Punjab Mental Hospital Lahore 1922-31 - 1922-1931
Year: 1922
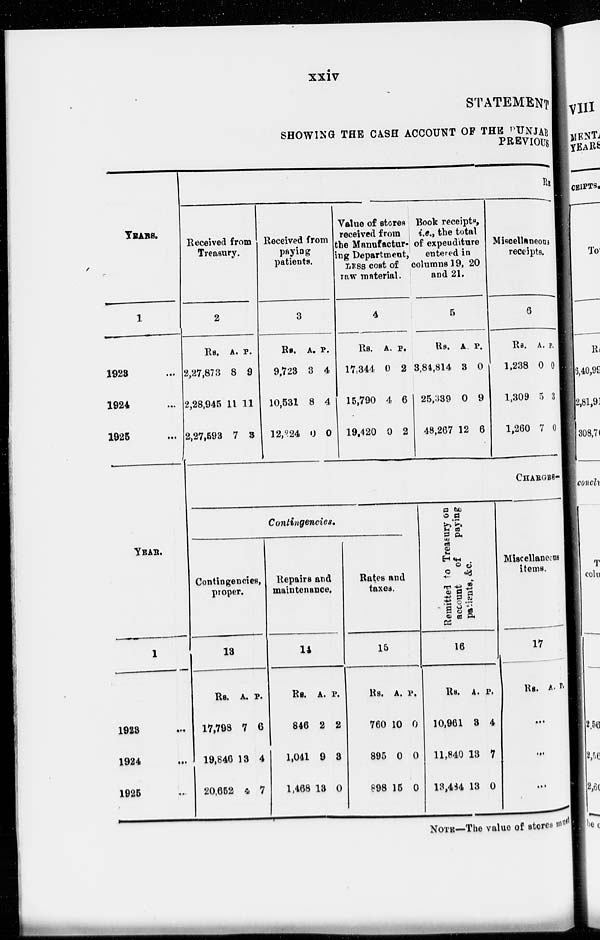
xxiv
STATEMENT
SHOWING THE CASH ACCOUNT OF THE PUNJAB
PREVIOUS
YEARS.
1
1923
...
1924 ...
1925 ...
YEAR.
1
1923 ...
1924 ...
1925 ...
Rs.
Received from
Treasury.
2
Rs.
2,27,873
2,28,945
2,27,593
A.
8
11
7
P.
9
11
3
Received from
paying
patients.
3
Rs.
9,723
10,531
12,224
A.
3
8
0
P.
4
4
0
Value of stores
received from
the Manufactur-
ing Department,
LESS cost of
raw material.
4
Rs.
17,344
15,790
19,420
A.
0
4
0
P.
2
6
2
Book receipts,
i.e., the total
of expenditure
entered in
columns 19, 20
and 21.
5
Rs.
3,84,814
25,339
48,267
A.
3
0
12
P.
0
9
6
Miscellaneous
receipts.
6
Rs.
1,238
1,309
1,260
A.
0
5
7
P.
0
3
0
CHARGES-
Contingencies.
Contingencies,
proper.
13
Rs.
17,798
19,846
20,652
A.
7
13
4
P.
6
4
7
Repairs and
maintenance.
14
Rs.
846
1,041
1,468
A.
2
9
13
P.
2
3
0
Rates and
taxes.
15
Rs.
760
895
898
A.
10
0
15
P.
0
0
0
Remitted to Treasury on
account
of
paying
patients, &c.
16
Rs.
10,961
11,840
13,484
A.
3
13
13
P.
4
7
0
Miscellaneous
items.
17
Rs. A P.
...
...
...
NOTE—The value of stores must